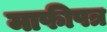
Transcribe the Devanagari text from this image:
माफीपत्र